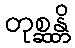
တုစ္ဆန္တိ